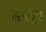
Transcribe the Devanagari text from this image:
सालुब